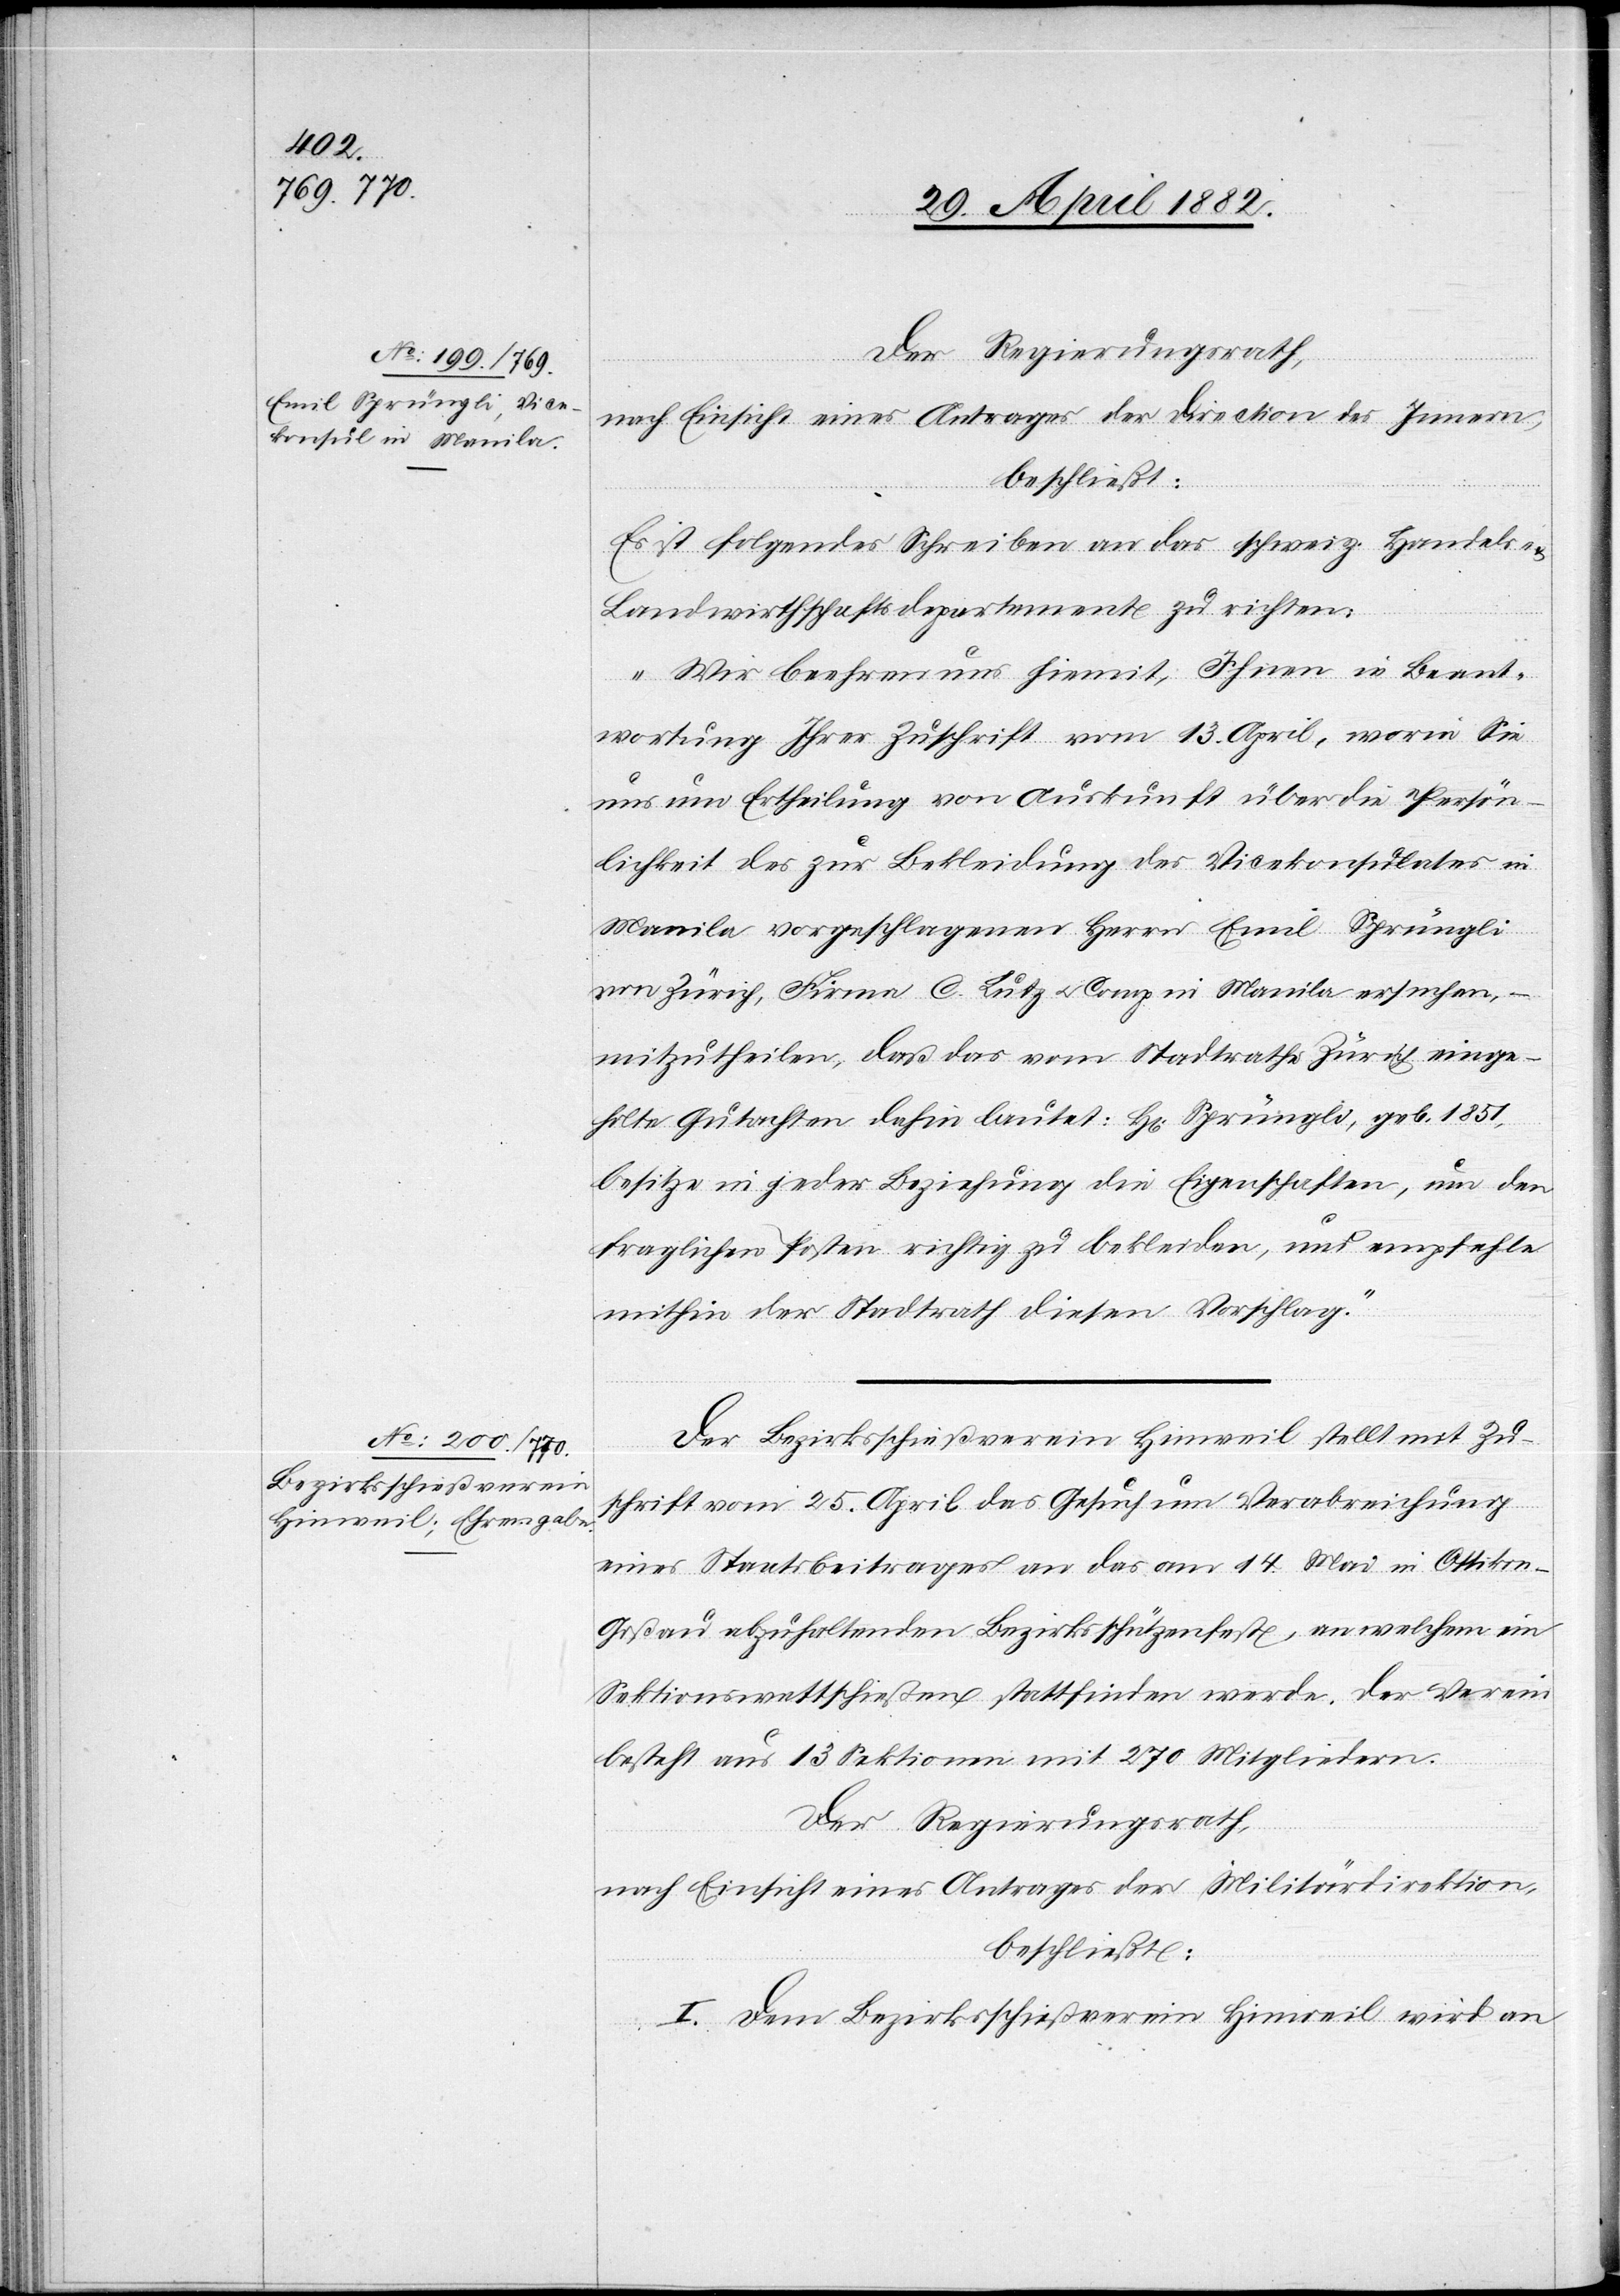
Der Regierungsrath,
nach Einsicht eines Antrages der Direction des Innern,
beschließt:
Es ist folgendes Schreiben an das schweiz. Handels-
Landwirthschaftsdepartement zu richten:
„Wir beehren uns hiemit, Ihnen in Beant¬
wortung Ihrer Zuschrift vom 13. April, worin Sie
uns um Ertheilung von Auskunft über die Persön¬
lichkeit des zur Bekleidung des Vicekonsulates in
Manila vorgeschlagenen Herrn Emil Sprüngli
von Zürich, Firma C. Lutz u. Comp. in Manila ersuchen,
–
mitzutheilen, daß das vom Stadtrathe Zürich einge¬
holte Gutachten dahin lautet: Hr. Sprüngli, geb. 1851,
besitze in jeder Beziehung die Eigenschaften, um den
fraglichen Posten richtig zu bekleiden, und empfehle
mithin der Stadtrath diesen Vorschlag.“
Der Bezirksschießverein Hinweil stellt mit Zu¬
schrift vom 25. April das Gesuch um Verabreichung
eines Staatsbeitrages an das am 14. Mai in Ottikon
Goßau abzuhaltende Bezirksschützenfest, an welchem ein
Sektionsschießen stattfinden werde. Der Verein
besteht aus 13 Sektionen mit 270 Mitgliedern.
Der Regierungsrath,
nach Einsicht eines Antrages der Militärdirektion,
beschließt:
I. Dem Bezirksschießverein Hinweil wird an